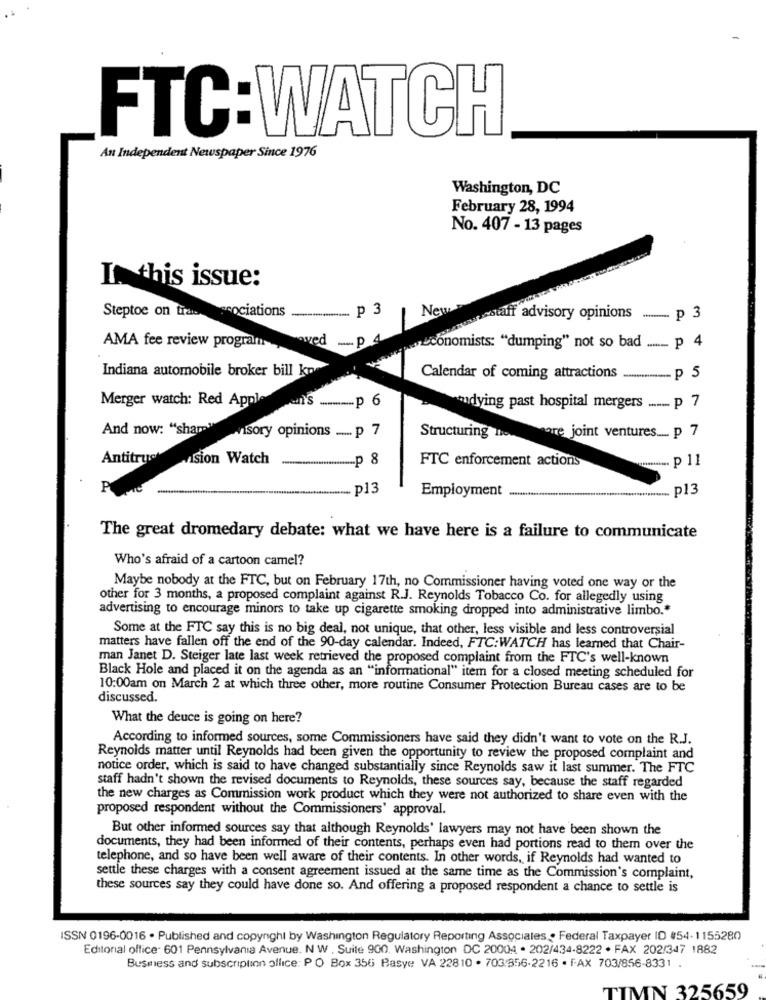
FTC:WATCH
An Independent Newspaper Since 1976
Washington, DC
February 28, 1994
No. 407 - 13 pages
In this issue:
p 3
New
Steptoe on tradecociations
pustaff advisory opinions .......... p 3
wed -... p 4
AMA fee review program
Economists: "dumping" not so bad ....._ p 4
Indiana automobile broker bill kn
Calendar of coming attractions
................. p 5
Merger watch: Red Apple
n's .........- p 6
dying past hospital mergers ....... p 7
And now: "shami wvisory opinions ...... p 7
Structuring honore joint ventures .... p 7
Antitrustision Watch
-p 8
FTC enforcement actions
p13
Employment
p13
The great dromedary debate: what we have here is a failure to communicate
Who's afraid of a cartoon camel?
Maybe nobody at the FTC, but on February 17th, no Commissioner having voted one way or the
other for 3 months, a proposed complaint against R.J. Reynolds Tobacco Co. for allegedly using
advertising to encourage minors to take up cigarette smoking dropped into administrative limbo .*
Some at the FTC say this is no big deal, not unique, that other, less visible and less controversial
matters have fallen off the end of the 90-day calendar. Indeed, FTC:WATCH has learned that Chair-
man Janet D. Steiger late last week retrieved the proposed complaint from the FTC's well-known
Black Hole and placed it on the agenda as an "informational" item for a closed meeting scheduled for
10:00am on March 2 at which three other, more routine Consumer Protection Bureau cases are to be
discussed.
What the deuce is going on here?
According to informed sources, some Commissioners have said they didn't want to vote on the R.J.
Reynolds matter until Reynolds had been given the opportunity to review the proposed complaint and
notice order, which is said to have changed substantially since Reynolds saw it last summer. The FTC
staff hadn't shown the revised documents to Reynolds, these sources say, because the staff regarded
the new charges as Commission work product which they were not authorized to share even with the
proposed respondent without the Commissioners' approval.
But other informed sources say that although Reynolds' lawyers may not have been shown the
documents, they had been informed of their contents, perhaps even had portions read to them over the
telephone, and so have been well aware of their contents. In other words, if Reynolds had wanted to
settle these charges with a consent agreement issued at the same time as the Commission's complaint,
these sources say they could have done so. And offering a proposed respondent a chance to settle is
ISSN 0196-0016 . Published and copyright by Washington Regulatory Reporting Associates . Federal Taxpayer ID #54- 1155280
Editorial office- 601 Pennsylvania Avenue. N W . Suile 900. Washington DC 20004 . 202/434-8222 . FAX 202/347 1882
Business and subscription office: P O Box 356 Basye VA 22810 . 703:356-2216 . F.AX 703/856-8331 .
TIMN 325659